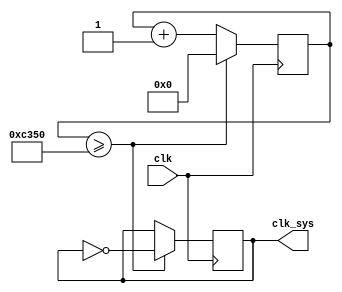
`timescale 1ns / 1ps
//////////////////////////////////////////////////////////////////////////////////
// Company: 
// Engineer: 
// 
// Design Name: 
// Module Name: clk_div
// Project Name: 
// Target Devices: 
// Tool Versions: 
// Description: 
// 
// Dependencies: 
// 
// Revision:
// Revision 0.01 - File Created
// Additional Comments:
// 
//////////////////////////////////////////////////////////////////////////////////


module clk_div(
    input clk,
    output reg clk_sys = 0
    );
    
    reg [25:0] div_counter = 0;
    always @(posedge clk) begin
        if(div_counter >= 50000) begin
            clk_sys <= ~clk_sys;
            div_counter <= 0;
        end
        else div_counter <= div_counter + 1;
    end
    
endmodule